65_HS1-834228961_62-HQ-83894_Serial_164
Agency: FBI
Page 128
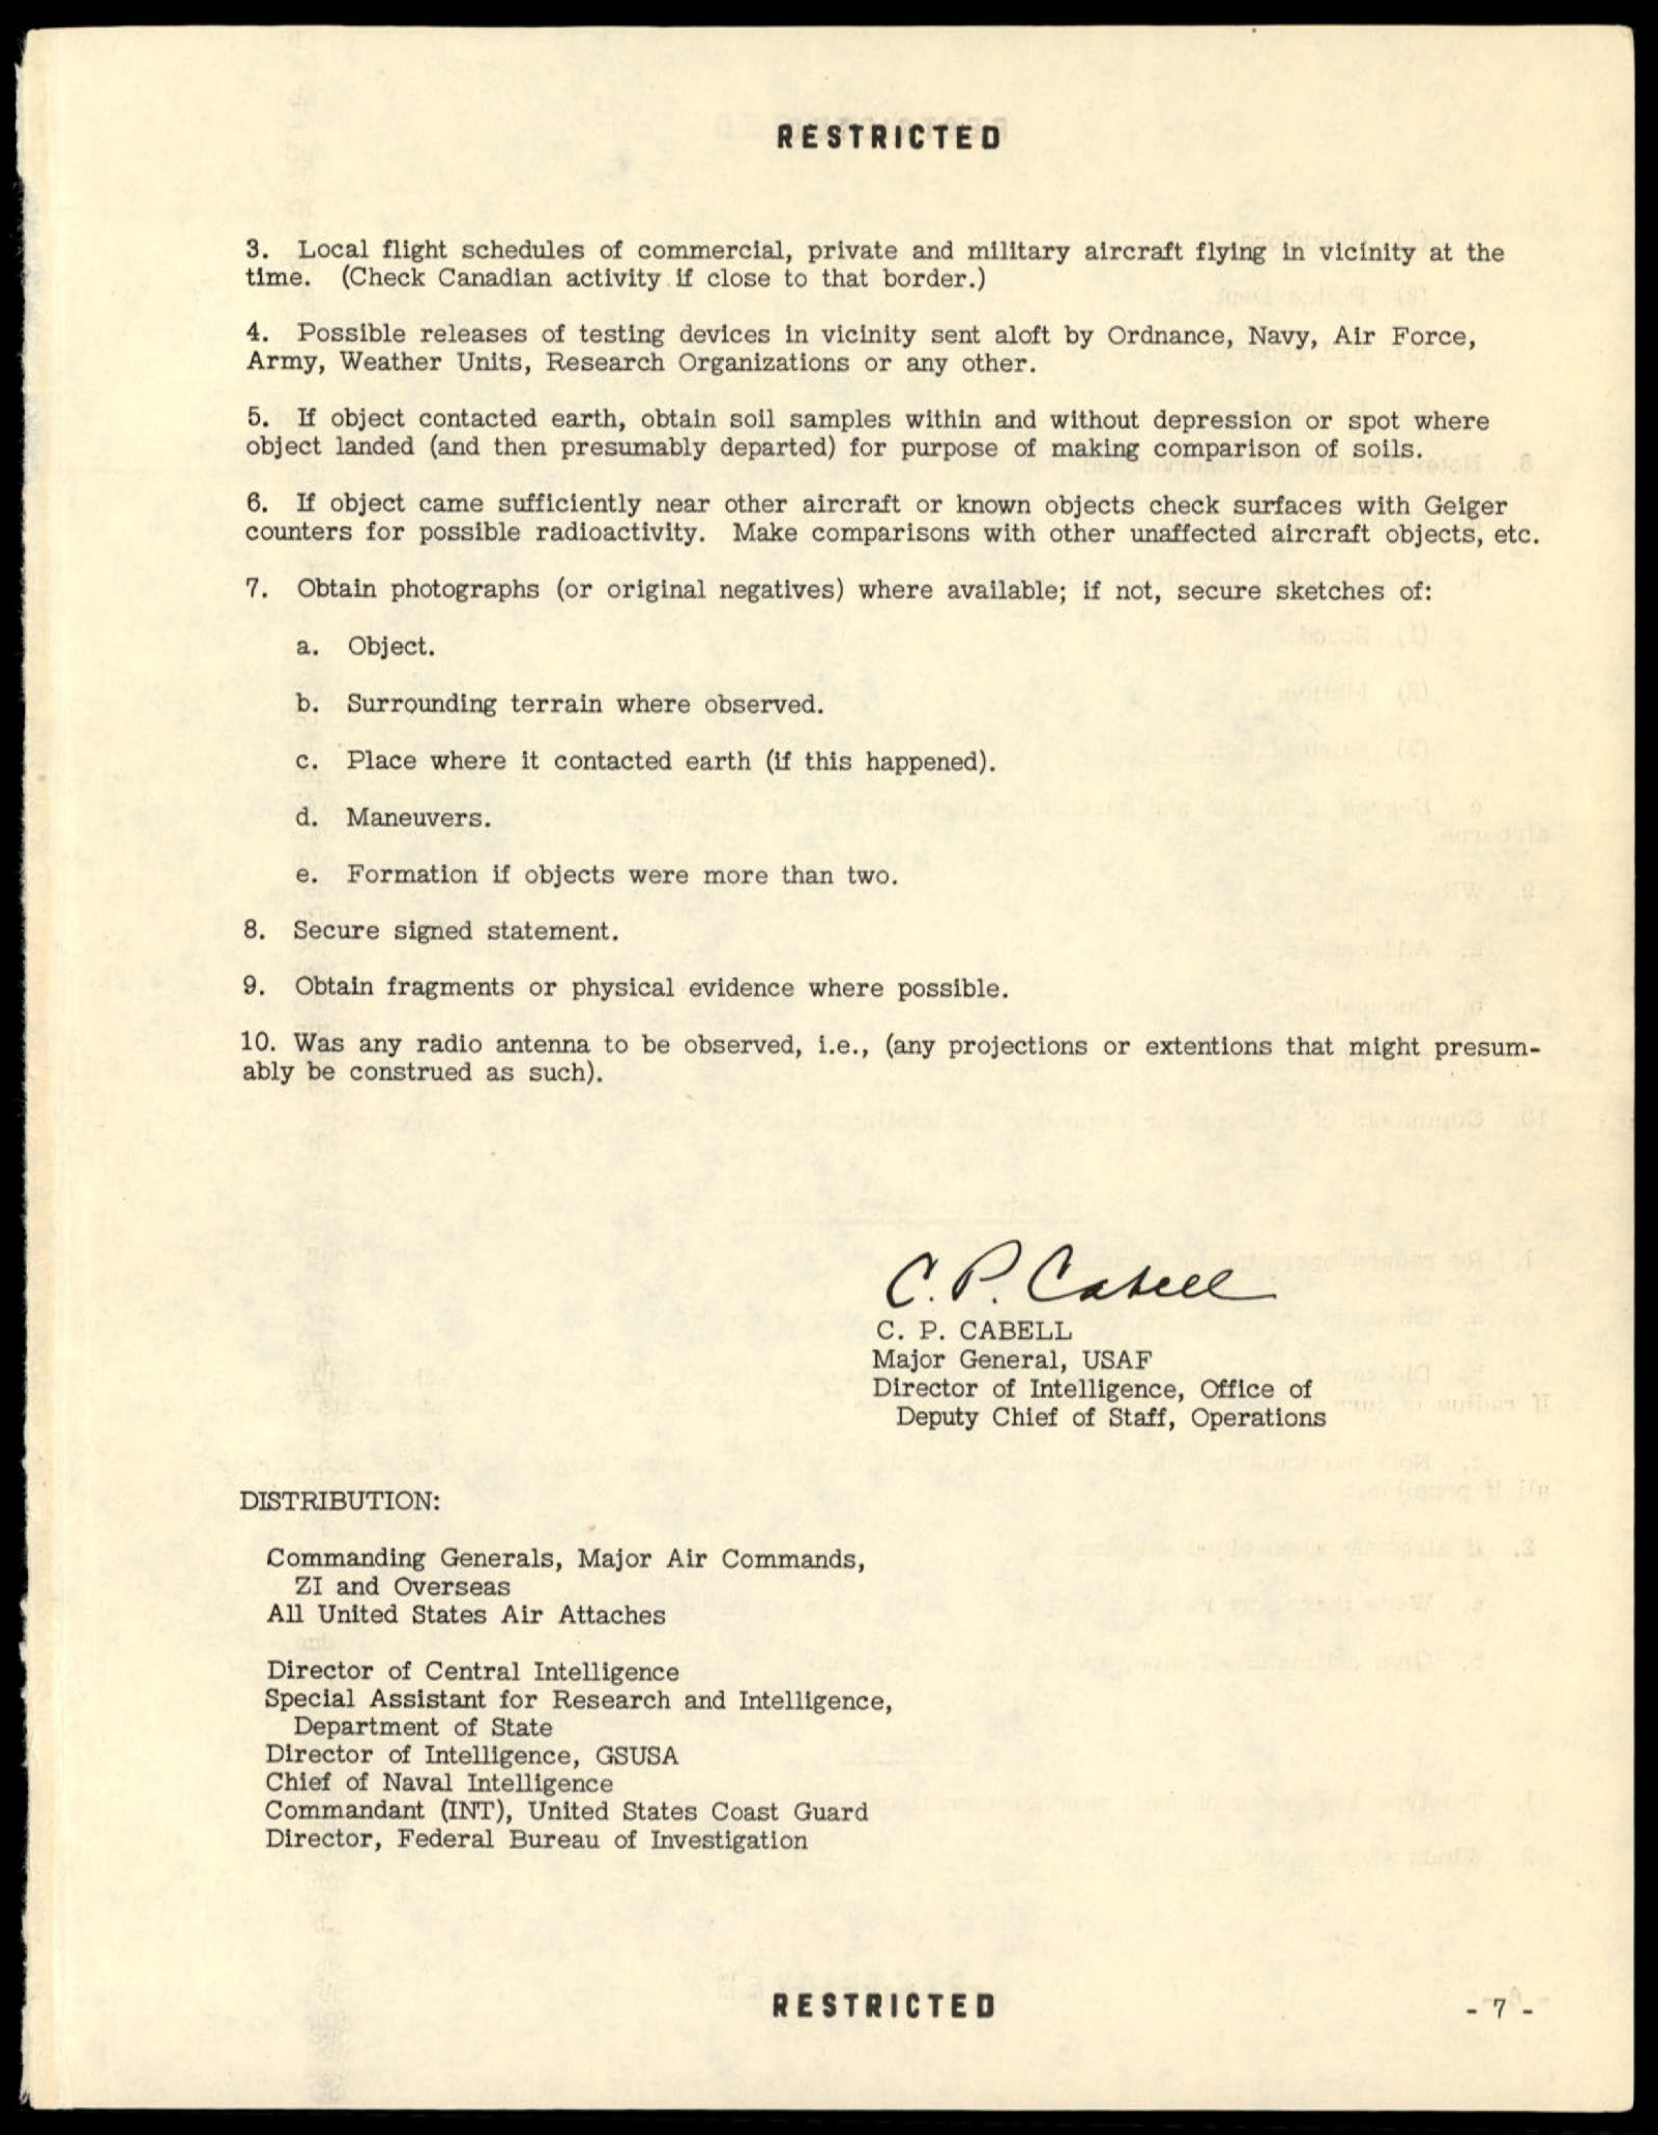